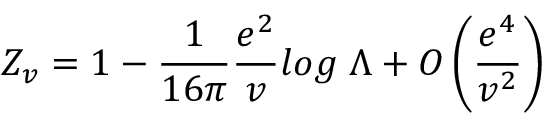
Z _ { v } = 1 - \frac { 1 } { 1 6 \pi } \frac { e ^ { 2 } } { v } l o g \; \Lambda + O \left( \frac { e ^ { 4 } } { v ^ { 2 } } \right)